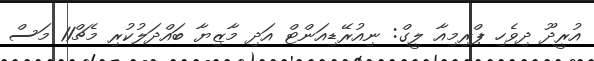
އުރީދޫ ދިވެހި ޕްރިމިއާ ލީގް: ނިއުރޭޑިއަންޓް އަދި މާޒިޔާ ބައްދަލުކުރި މެޗް11 މަސް